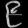
Digit: ၉